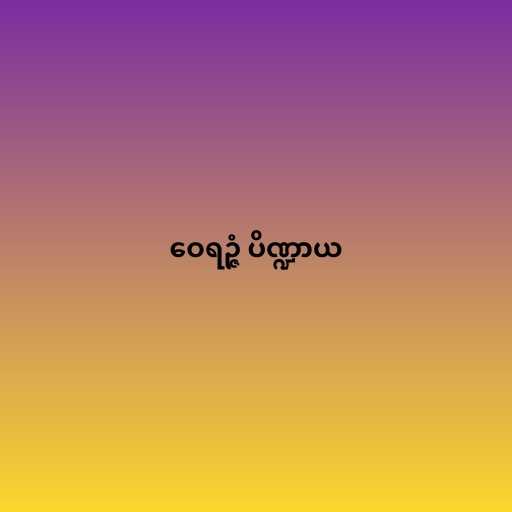
ဝေရဉ္ဇံ ပိဏ္ဍာယ